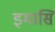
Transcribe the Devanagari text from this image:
इमासि